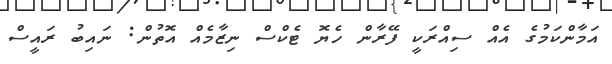
އަމާންކަމުގެ އެއް ސިއްރަކީ ފޭރާން ހެޔޮ ޓެކްސް ނިޒާމެއް އޮތުން: ނައިބު ރައީސް